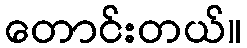
တောင်းတယ်။